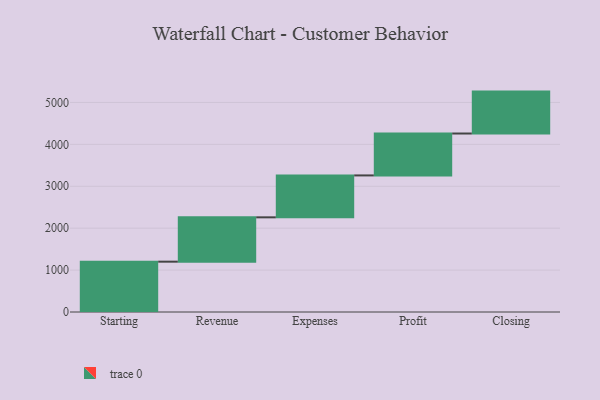
{"axis": {"x": "Step", "y": "Value"}, "legend": [""], "data": [{"x": "Starting", "y": 1201.0, "type": ""}, {"x": "Revenue", "y": 1058.0, "type": ""}, {"x": "Expenses", "y": 1000, "type": ""}, {"x": "Profit", "y": 1000, "type": ""}, {"x": "Closing", "y": 1000, "type": ""}]}